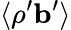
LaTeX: \langle{\rho^{\prime}{\mathbf{b}}^{\prime}}\rangle